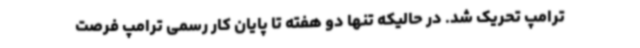
ترامپ تحریک شد. در حالیکه تنها دو هفته تا پایان کار رسمی ترامپ فرصت